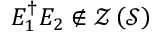
E _ { 1 } ^ { \dagger } E _ { 2 } \notin { \mathcal { Z } } \left( { \mathcal { S } } \right)